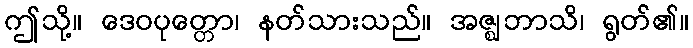
ဤသို့။ ဒေဝပုတ္တော၊ နတ်သားသည်။ အဇ္ဈဘာသိ၊ ရွတ်၏။